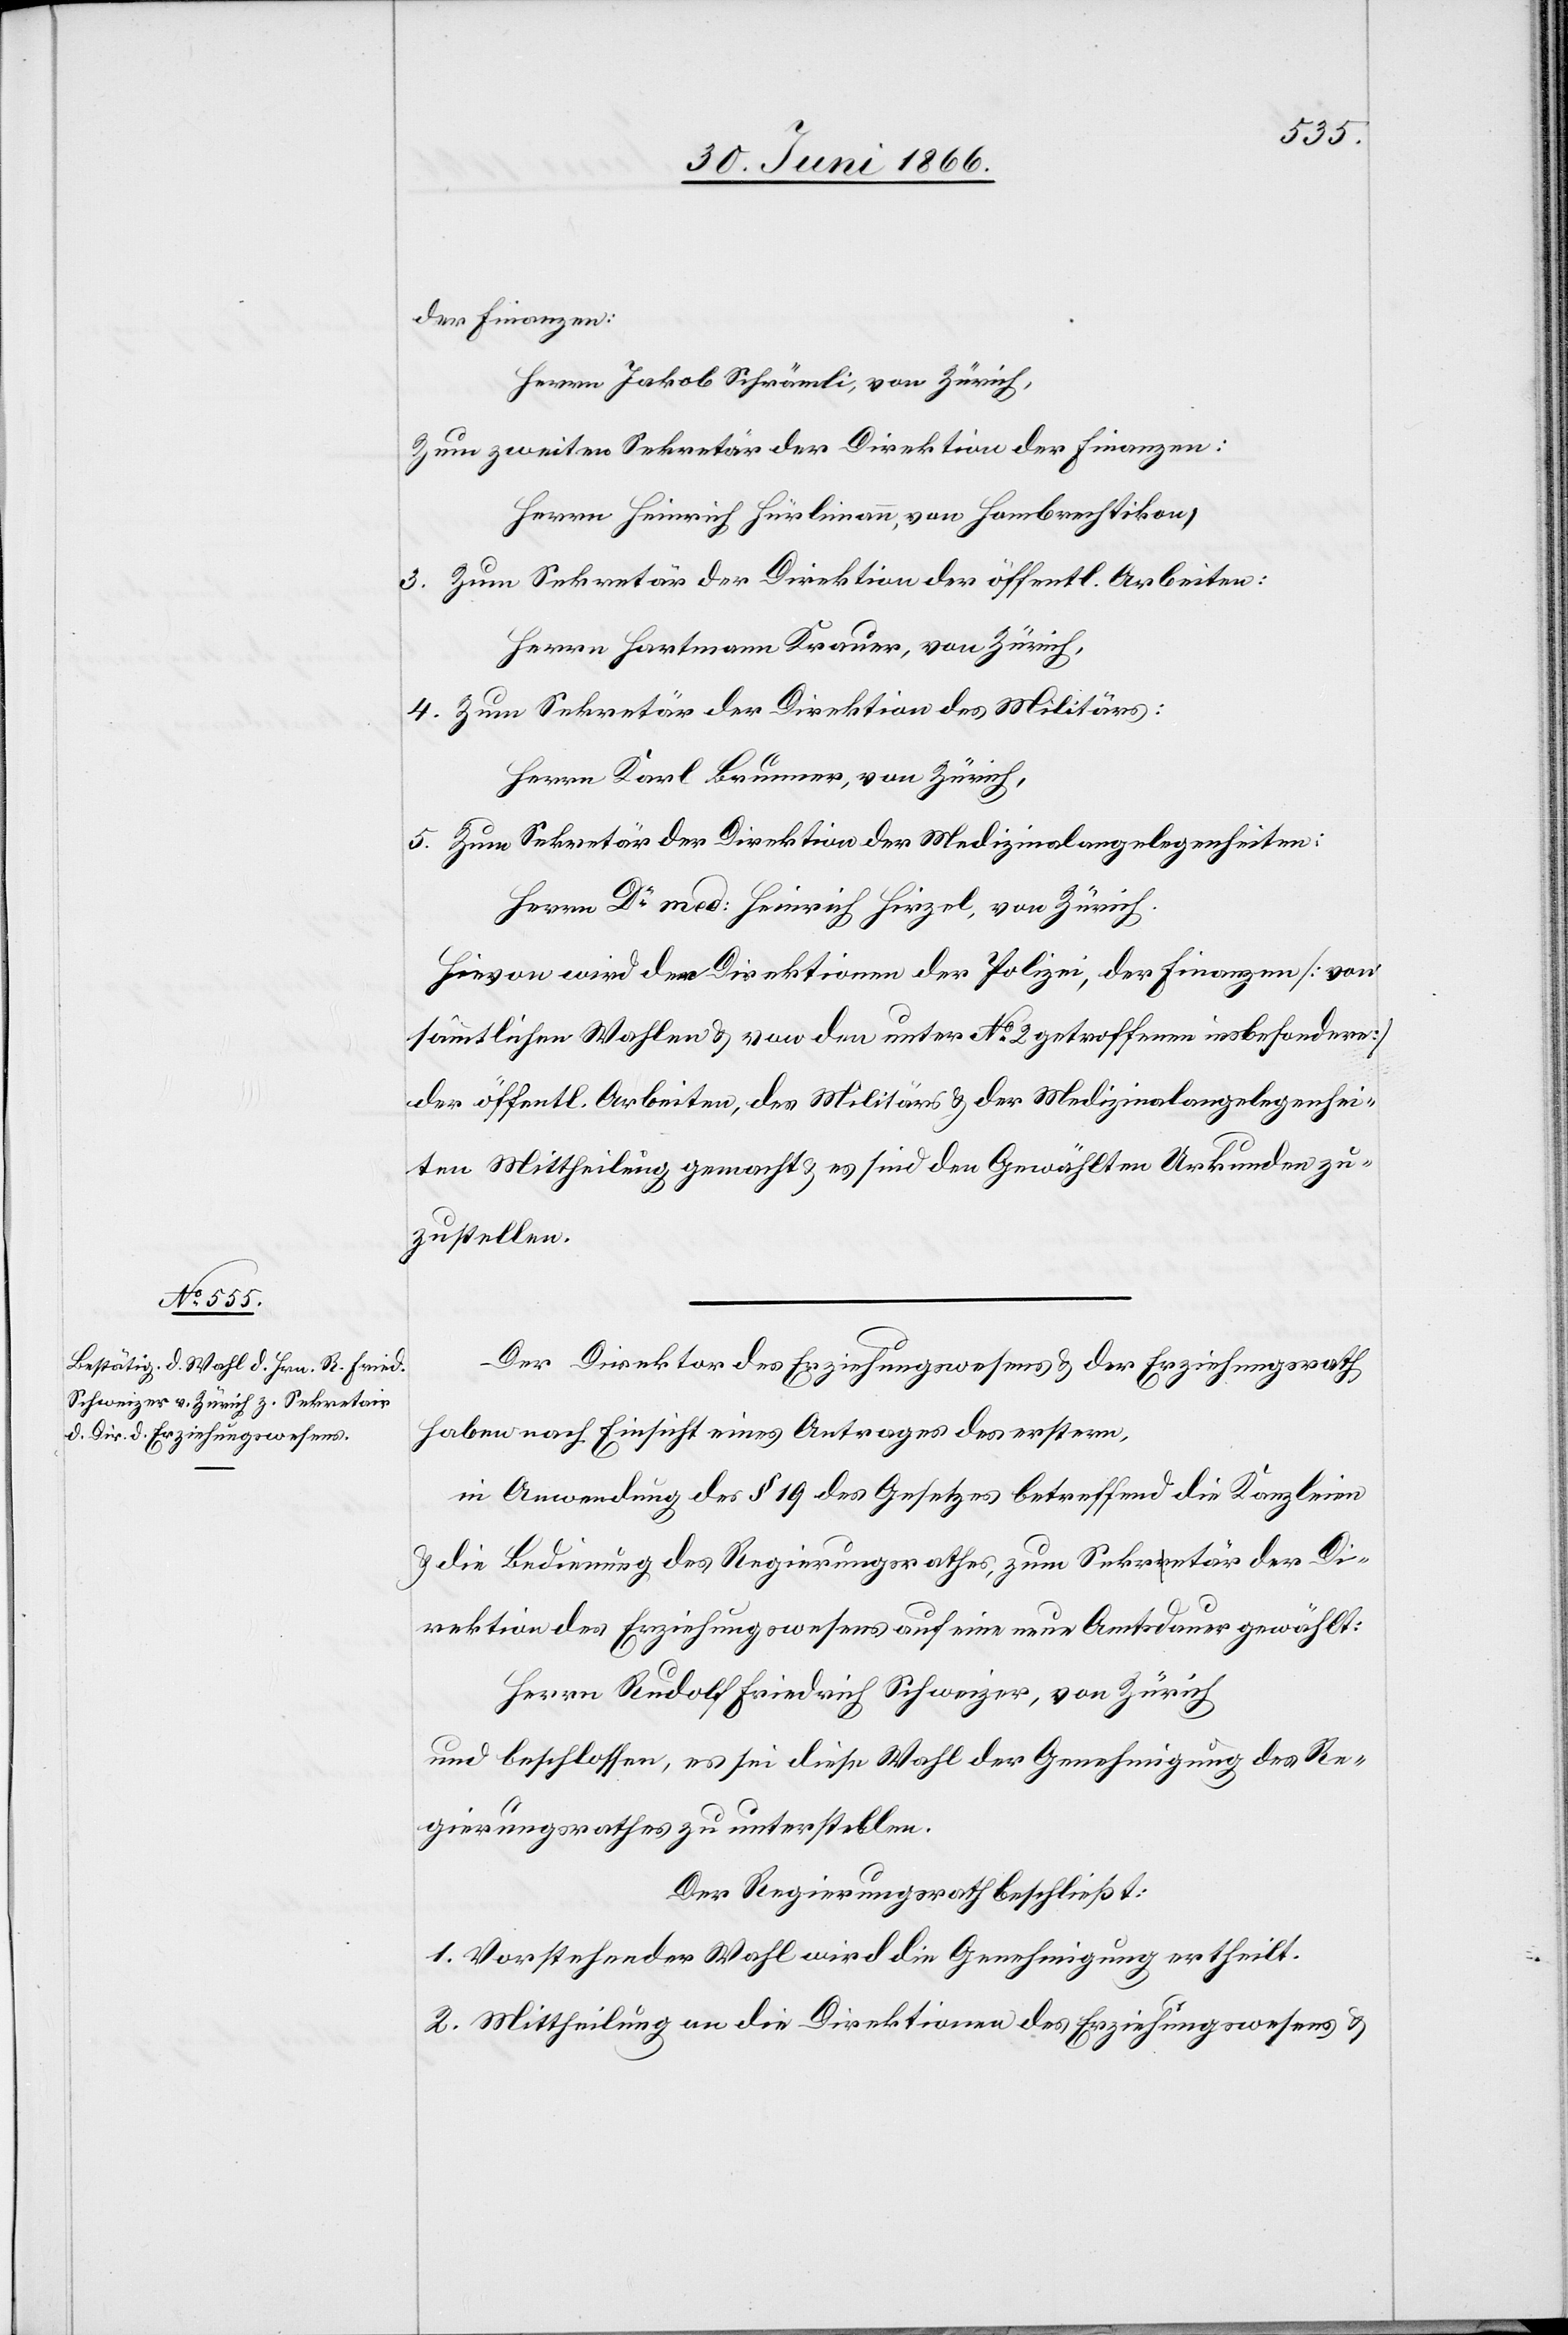
der Finanzen:
Herrn Jakob Schrämli, von Zürich,
zum zweiten Sekretär der Direktion der Finanzen:
Herrn Heinrich Hürlimann, von Hombrechtikon;
3. Zum Sekretär der Direktion der öffentl. Arbeiten:
Herrn Hartmann Krauer, von Zürich
4. Zum Sekretär der Direktion des Militärs:
Herrn Karl Brunner, von Zürich,
5. Zum Sekretär der Direktion der Medizinalangelegenheiten:
Herrn Dr. med: Heinrich Hirzel, von Zürich.
Hievon wird den Direktionen der Polizei, der Finanzen [von
sämmtlichen Wahlen u. von den unter No. 2 getroffenen insbesondere]
der öffentl. Arbeiten, des Militärs u. der Medizinalangelegenhei¬
ten Mittheilung gemacht u. es sind den Gewählten Urkunden zu¬
zustellen.
Der Direktor des Erziehungswesens u. der Erziehungsrath
haben nach Einsicht eines Antrages des erstern,
in Anwendung des § 19 des Gesetzes betreffend die Kanzleien
u. die Bedienung des Regierungsrathes, zum Sekretär der Di¬
rektion des Erziehungswesens auf eine neue Amtsdauer gewählt:
Herrn Rudolf Friedrich Schweizer, von Zürich
und beschlossen, es sei diese Wahl der Genehmigung des Re¬
gierungsrathes zu unterstellen.
Der Regierungsrath beschließt:
1. Vorstehender Wahl wird die Genehmigung ertheilt.
2. Mittheilung an die Direktionen des Erziehungswesens u.